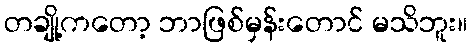
တချို့ကတော့ ဘာဖြစ်မှန်းတောင် မသိဘူး။